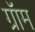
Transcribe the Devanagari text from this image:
ग्रॉम